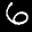
Label: 6